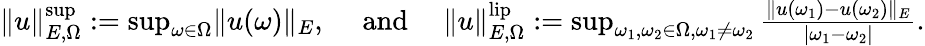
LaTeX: \begin{array}{r}{\rVert u\rVert_{E,\Omega}^{\operatorname*{sup}}:=\operatorname*{sup}_{\omega\in\Omega}\rVert u(\omega)\rVert_{E},\quad\mathrm{~and~}\quad\rVert u\rVert_{E,\Omega}^{\mathrm{lip}}:=\operatorname*{sup}_{\omega_{1},\omega_{2}\in\Omega,\omega_{1}\ne\omega_{2}}\frac{\rVert u(\omega_{1})-u(\omega_{2})\rVert_{E}}{|\omega_{1}-\omega_{2}|}.}\end{array}